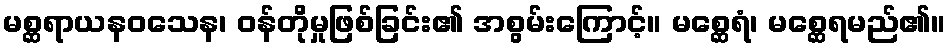
မစ္ဆရာယနဝသေန၊ ဝန်တိုမှုဖြစ်ခြင်း၏ အစွမ်းကြောင့်။ မစ္ဆေရံ၊ မစ္ဆေရမည်၏။